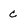
Character: c